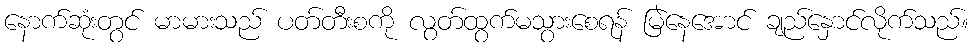
နောက်ဆုံးတွင် မာမားသည် ပတ်တီးစကို လွတ်ထွက်မသွားစေရန် မြဲနေအောင် ချည်နှောင်လိုက်သည်။